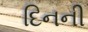
દિનની